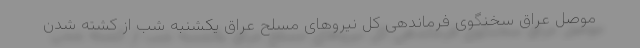
موصل عراق سخنگوی فرماندهی کل نیروهای مسلح عراق یکشنبه شب از کشته شدن